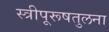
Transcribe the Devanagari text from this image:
स्त्रीपूरूषतुलना